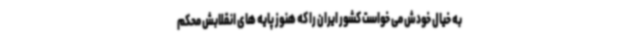
به خیال خودش می خواست کشور ایران را که هنوز پایه های انقلابش محکم